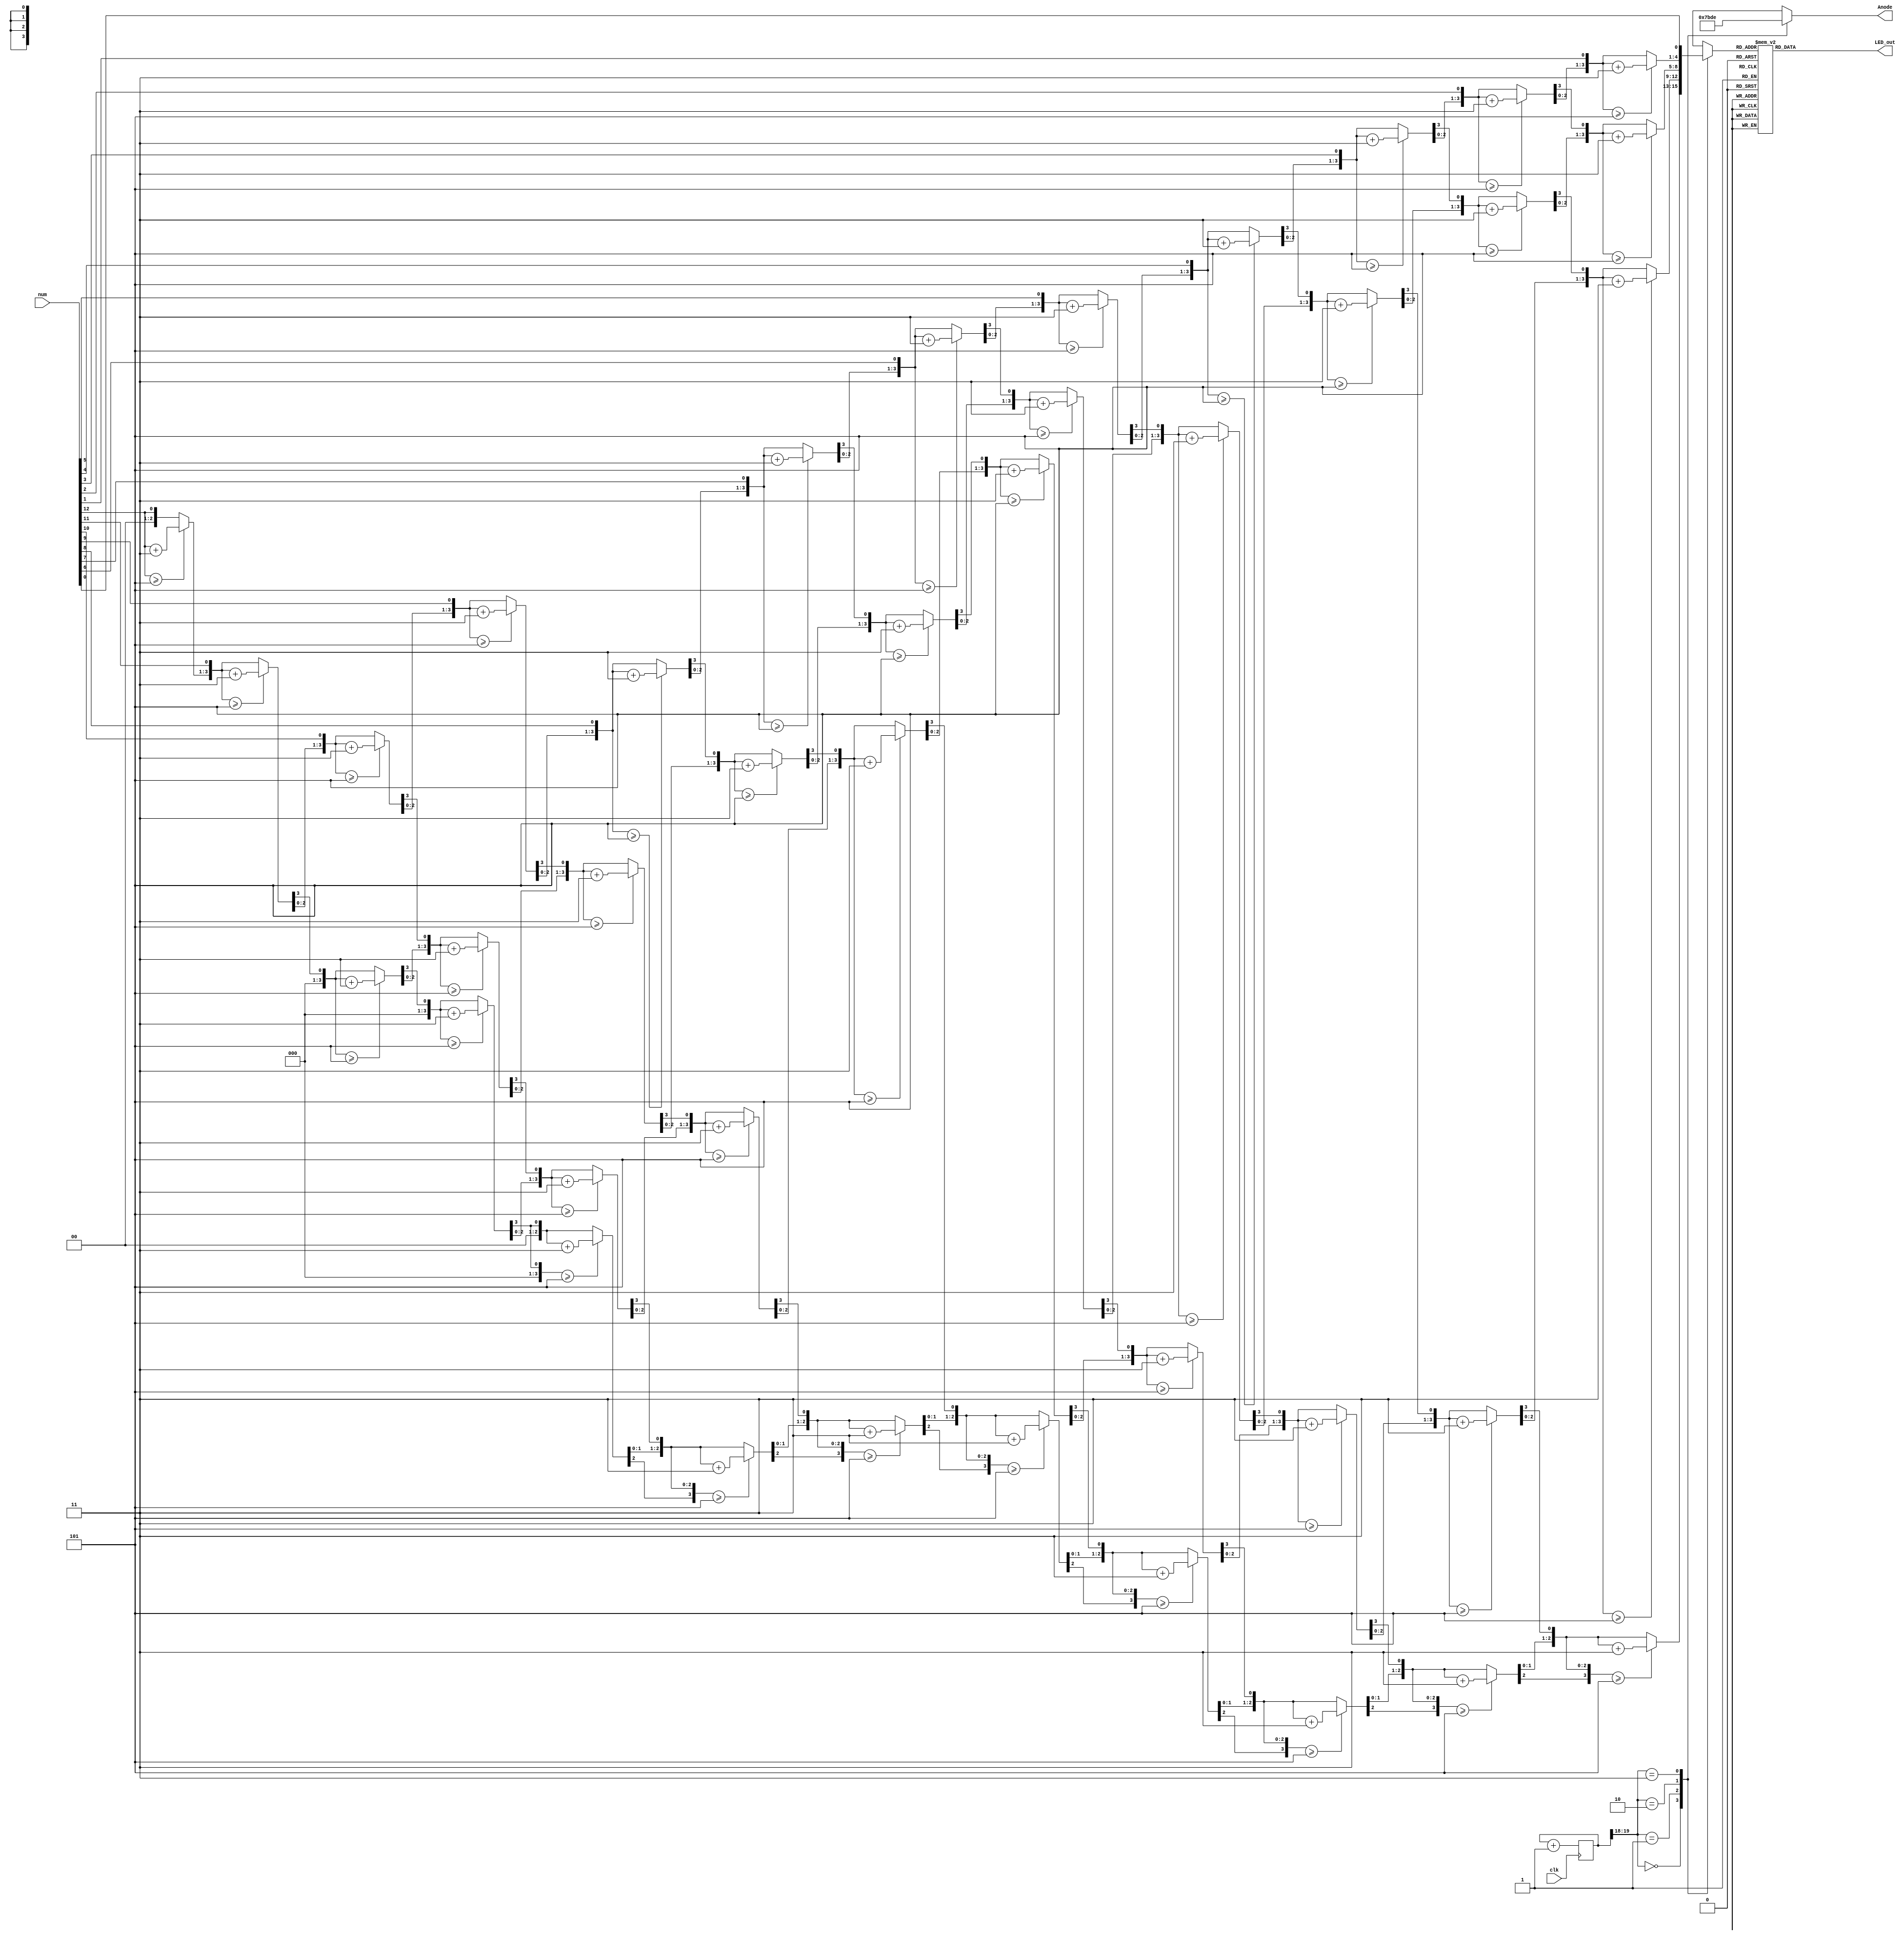
`timescale 1ns / 1ps

module SevenSegmentDriver(
    input clk,
    input [12:0] num,
    output reg [3:0] Anode,
    output reg [6:0] LED_out
 );

    reg [3:0] LED_BCD;
    reg [19:0] refresh_counter = 0; // 20-bit counter
    wire [1:0] LED_activating_counter;
    always @(posedge clk) begin
        refresh_counter <= refresh_counter + 1;
    end
    
    assign LED_activating_counter = refresh_counter[19:18];
    
    reg [3:0] Thousands, Hundreds, Tens, Ones;
    integer i; 
    always @(num) begin
        //initialization
        Thousands = 4'd0;
        Hundreds = 4'd0;
        Tens = 4'd0;
        Ones = 4'd0;
        for (i = 12; i >= 0 ; i = i-1 ) begin
            if(Thousands >= 5 )
                Thousands = Thousands + 3;
            if(Hundreds >= 5 )
                Hundreds = Hundreds + 3;
            if (Tens >= 5 )
                Tens = Tens + 3;
            if (Ones >= 5)
                Ones = Ones +3;
            
            //shift left one
            
            Thousands = Thousands << 1;
            Thousands [0] = Hundreds [3];
            
            Hundreds = Hundreds << 1;
            Hundreds [0] = Tens [3];
            
            Tens = Tens << 1;
            Tens [0] = Ones[3];
            
            Ones = Ones << 1;
            Ones[0] = num[i];
        end
    end
    
    always @(*) begin
        case(LED_activating_counter)
            2'b00: begin
                Anode = 4'b0111;
                LED_BCD = Thousands;
            end
            2'b01: begin
                Anode = 4'b1011;
                LED_BCD = Hundreds ;
            end
            2'b10: begin
                Anode = 4'b1101;
                LED_BCD = Tens ;
            end
            2'b11: begin
                Anode = 4'b1110;
                LED_BCD = Ones;
            end
        endcase
    end
    
    always @(*) begin
        case(LED_BCD)
            4'b0000: LED_out = 7'b0000001; // "0"
            4'b0001: LED_out = 7'b1001111; // "1"
            4'b0010: LED_out = 7'b0010010; // "2"
            4'b0011: LED_out = 7'b0000110; // "3"
            4'b0100: LED_out = 7'b1001100; // "4"
            4'b0101: LED_out = 7'b0100100; // "5"
            4'b0110: LED_out = 7'b0100000; // "6"
            4'b0111: LED_out = 7'b0001111; // "7"
            4'b1000: LED_out = 7'b0000000; // "8"
            4'b1001: LED_out = 7'b0000100; // "9"
            default: LED_out = 7'b0000001; // "0"
        endcase
    end
endmodule